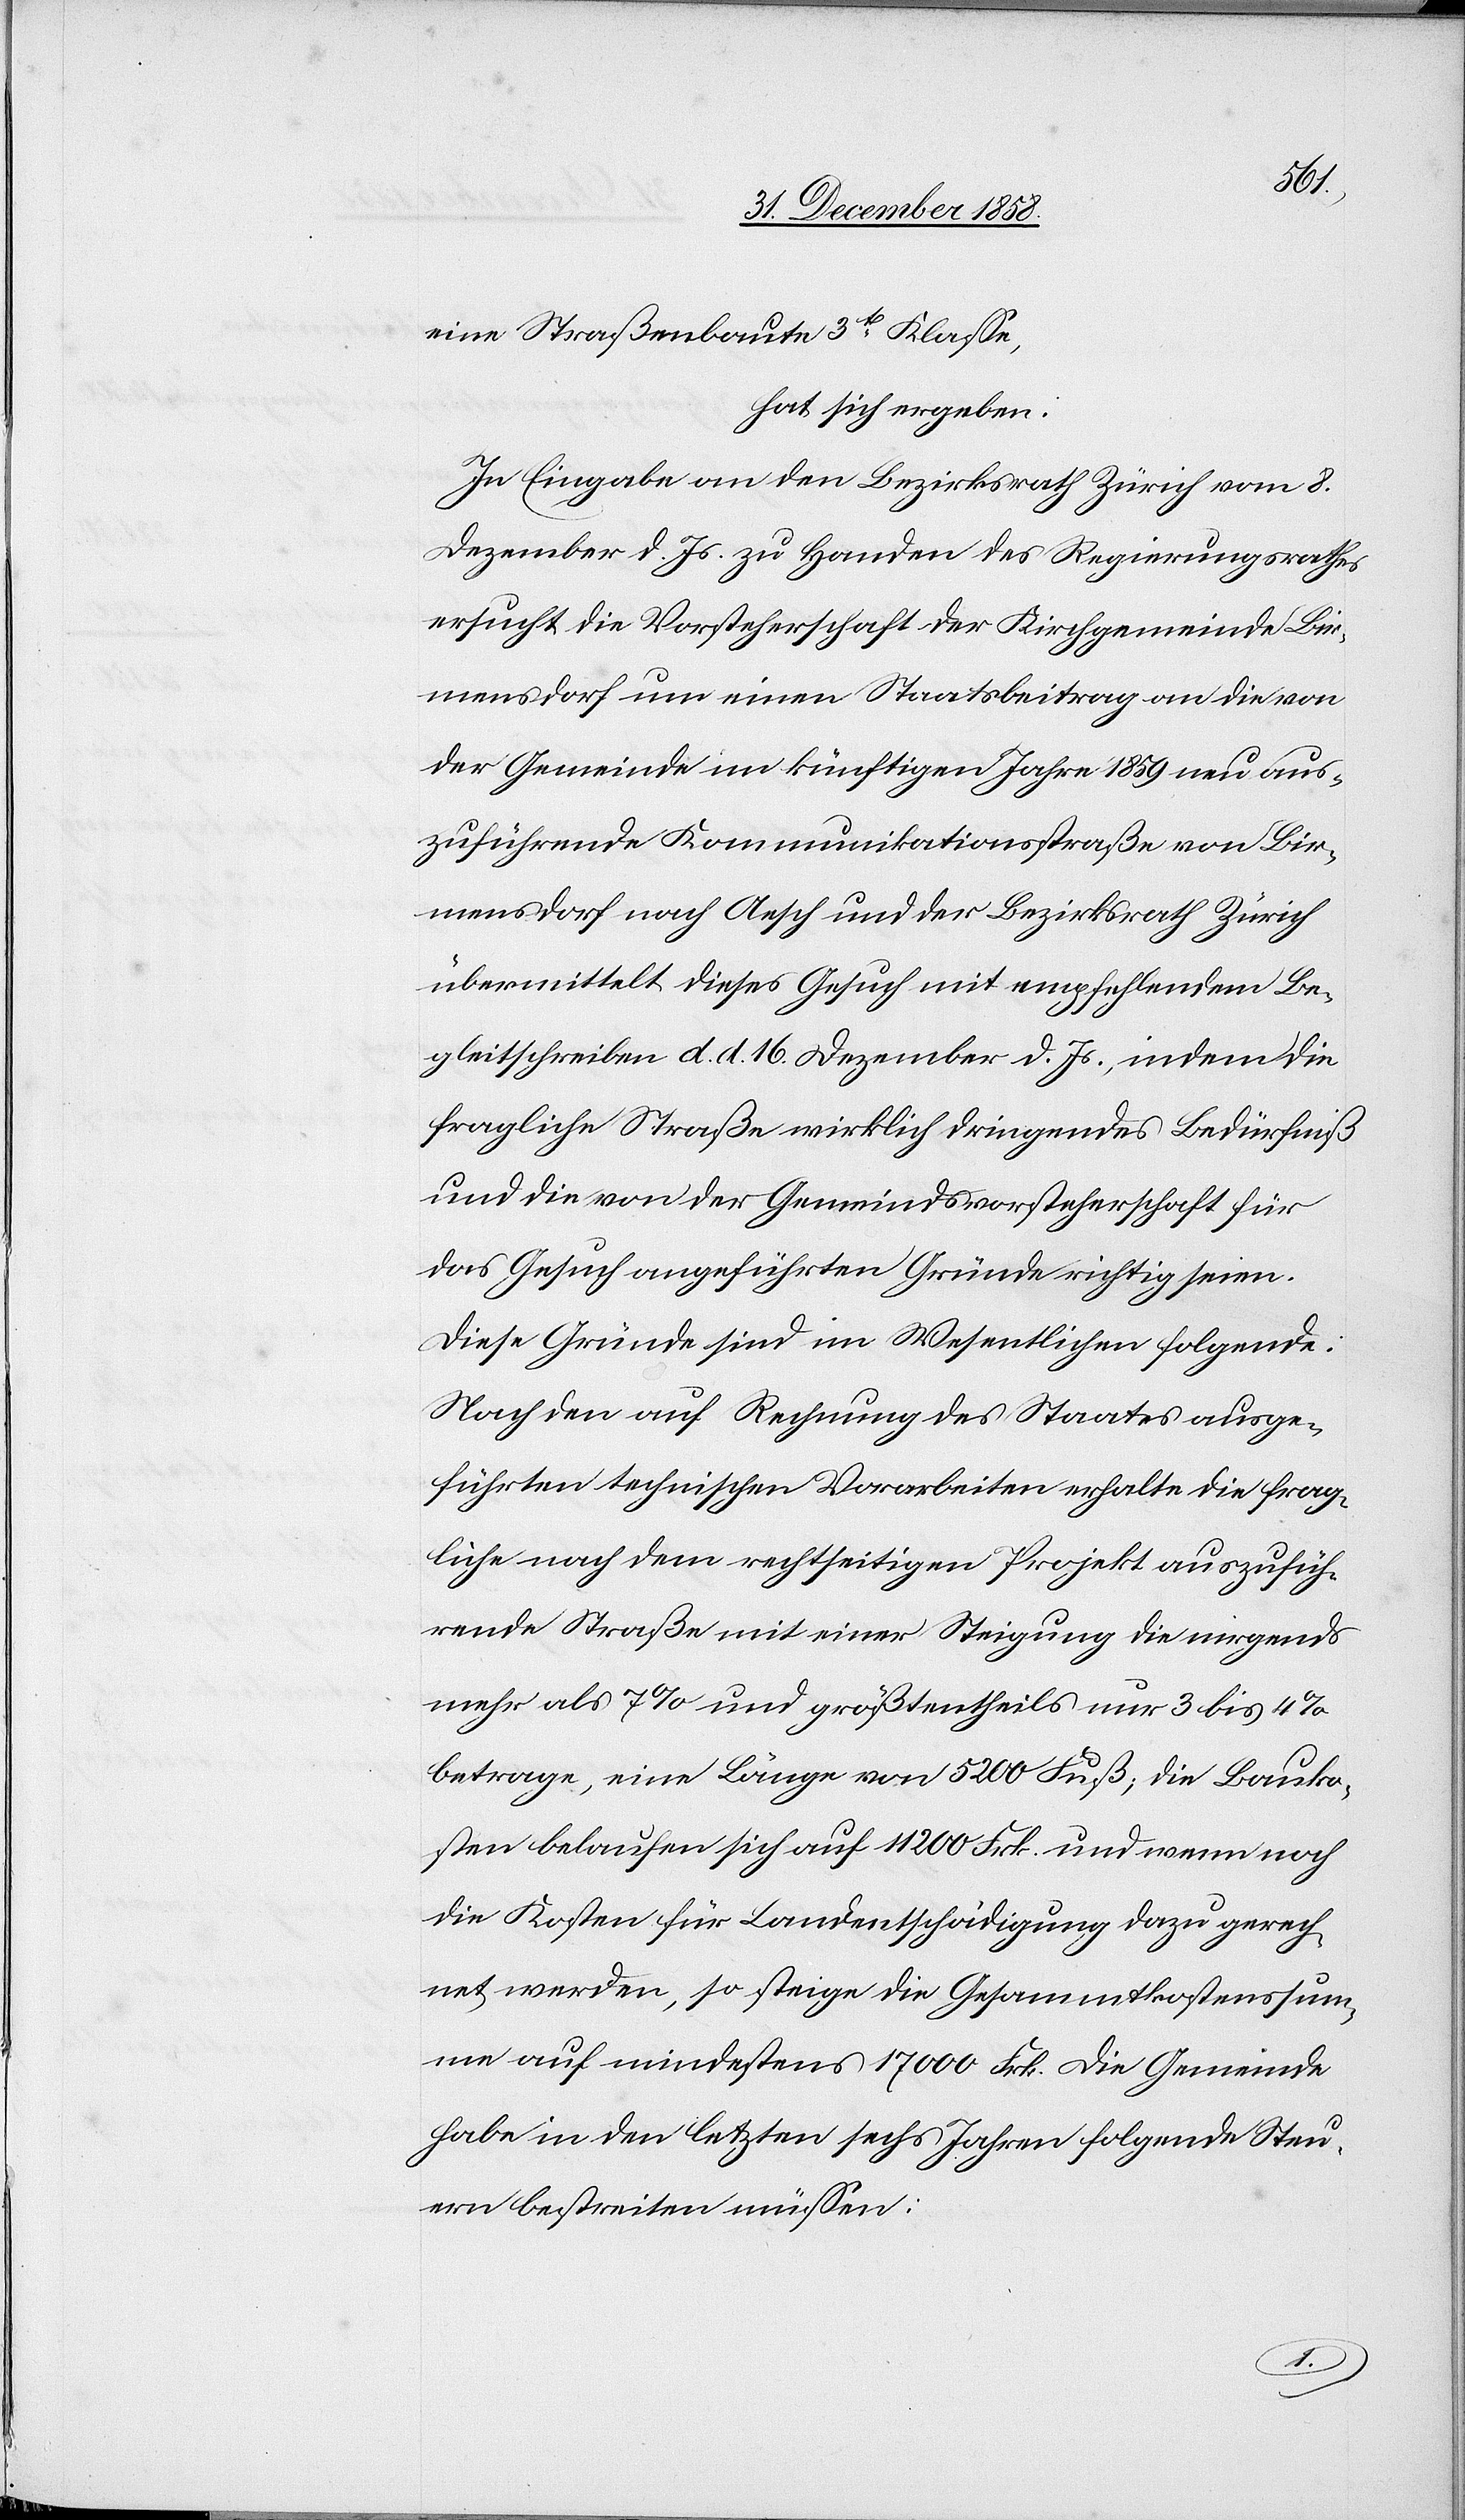
der
hat sich ergeben: